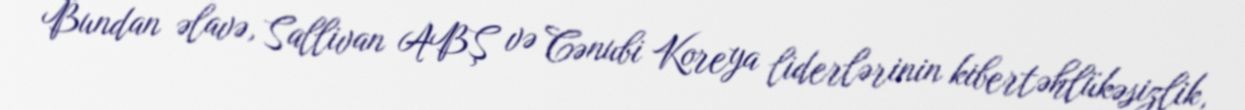
Bundan əlavə, Sallivan ABŞ və Cənubi Koreya liderlərinin kibertəhlükəsizlik,